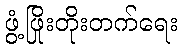
ဖွံ့ဖြိုးတိုးတက်ရေး